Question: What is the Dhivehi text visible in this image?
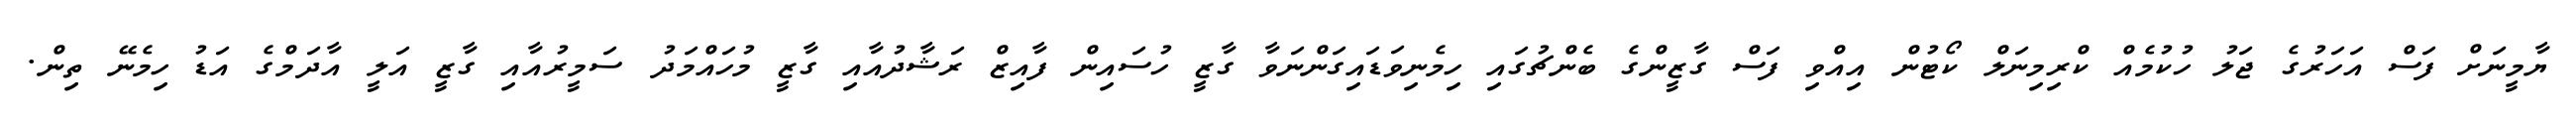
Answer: ޔާމީނަށް ފަސް އަހަރުގެ ޖަލު ހުކުމެއް ކްރިމިނަލް ކޯޓުން އިއްވި ފަސް ގާޒީންގެ ބެންޗުގައި ހިމެނިވަޑައިގަންނަވާ ގާޒީ ހުސައިން ފާއިޒް ރަޝާދުއާއި ގާޒީ މުހައްމަދު ސަމީރުއާއި ގާޒީ އަލީ އާދަމްގެ އަޑު ހިމެނޭ ތިން.